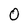
Character: 0